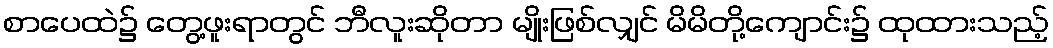
စာပေထဲ၌ တွေ့ဖူးရာတွင် ဘီလူးဆိုတာ မျိုးဖြစ်လျှင် မိမိတို့ကျောင်း၌ ထုထားသည့်